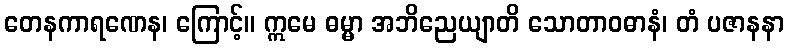
တေနကာရဏေန၊ ကြောင့်။ ဣမေ ဓမ္မာ အဘိညေယျာတိ သောတာဝဓာနံ၊ တံ ပဇာနနာ